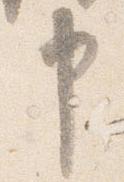
申